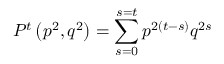
P ^ { t } \left( p ^ { 2 } , q ^ { 2 } \right) = \sum _ { s = 0 } ^ { s = t } p ^ { 2 \left( t - s \right) } q ^ { 2 s }